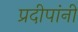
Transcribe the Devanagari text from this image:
प्रदीपांनी